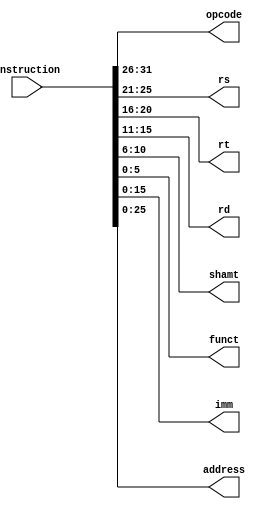
// Module Description
// Parses instruction into needed fields for all R, I and J type instructions
// 
// Input(s)
//	instruction: Current instruction to execute
//
// Output(s)
// opcode:  instruction[31:26], Operation code
// rs:      instruction[25:21], Source register
// rt:      instruction[20:16], Target register
// rd:      instruction[15:11], Destination register
// shamt:   instruction[10:6],  Shift amount
// funct:   instruction[5:0],   Function 
// imm:     instruction[15:0],  Immediate field
// address: instruction[25:0],  Address for J type instructions
module InstructionParser(opcode, rs, rt, rd, shamt, funct, imm, address, instruction);
	// Input declaration(s)
	input [31:0]instruction;
	// Output declaration(s)
	output reg [5:0]opcode, funct;
	output reg [4:0]rs, rt, rd, shamt;
	output reg [15:0]imm;
	output reg [25:0]address;
	
	
	
	always@(instruction) begin
		opcode = instruction[31:26];
		rs = instruction[25:21];
		rt = instruction[20:16];
		rd = instruction[15:11];
		shamt = instruction[10:6];
		funct = instruction[5:0];
		imm = instruction[15:0];
		address = instruction[25:0];
	end
endmodule